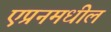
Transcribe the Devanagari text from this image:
एप्रनमधील